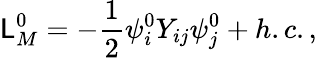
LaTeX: {\cal\mathsf{L}}_{M}^{0}=-\frac{{1}}{{2}}\psi_{i}^{0}Y_{ij}\psi_{j}^{0}+h.c.,